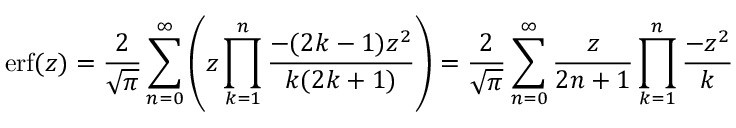
\operatorname { e r f } ( z ) = { \frac { 2 } { \sqrt { \pi } } } \sum _ { n = 0 } ^ { \infty } \left( z \prod _ { k = 1 } ^ { n } { \frac { - ( 2 k - 1 ) z ^ { 2 } } { k ( 2 k + 1 ) } } \right) = { \frac { 2 } { \sqrt { \pi } } } \sum _ { n = 0 } ^ { \infty } { \frac { z } { 2 n + 1 } } \prod _ { k = 1 } ^ { n } { \frac { - z ^ { 2 } } { k } }